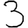
Digit: 3